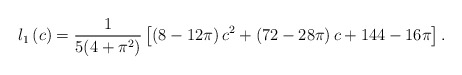
\begin{align*}l_{1}\left( c\right) =\frac{1}{5(4+\pi ^{2})}\left[ \left( 8-12\pi \right)c^{2}+\left( 72-28\pi \right) c+144-16\pi \right] . \end{align*}